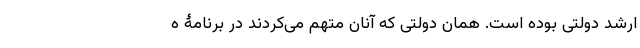
ارشد دولتی بوده است. همان دولتی که آنان متهم می‌کردند در برنامۀ ه